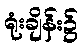
ရုံးချိန်း၌